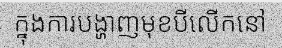
ក្នុងការបង្ហាញមុខបីលើកនៅ